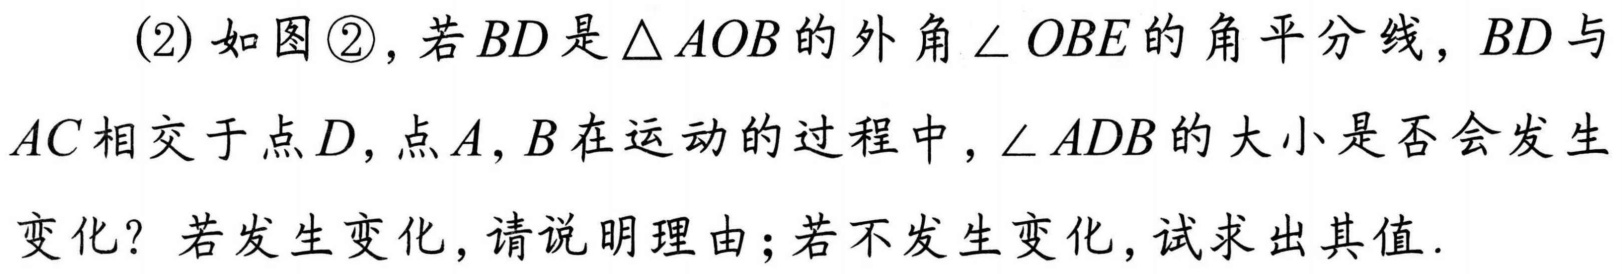
(2)如图\textcircled{2}，若\(BD\)是\(\triangle AOB\)的外角\(\angle OBE\)的角平分线，\(BD\)与\(AC\)相交于点\(D\)，点\(A,B\)在运动的过程中，\(\angle ADB\)的大小是否会发生变化？若发生变化，请说明理由；若不发生变化，试求出其值.